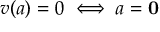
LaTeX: v ( a ) = 0 \iff a = \mathbf { 0 }